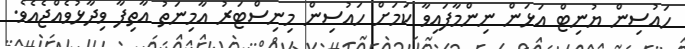
ހައުސިން ޔުނިޓް އަޅަން ނިންމާފައިވާ ކަމަށް ހައުސިން މިނިސްޓަރު އާމިނަތު އާތިފާ ވިދާޅުވެއްޖެއެވެ.